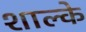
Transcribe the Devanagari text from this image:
शाल्के